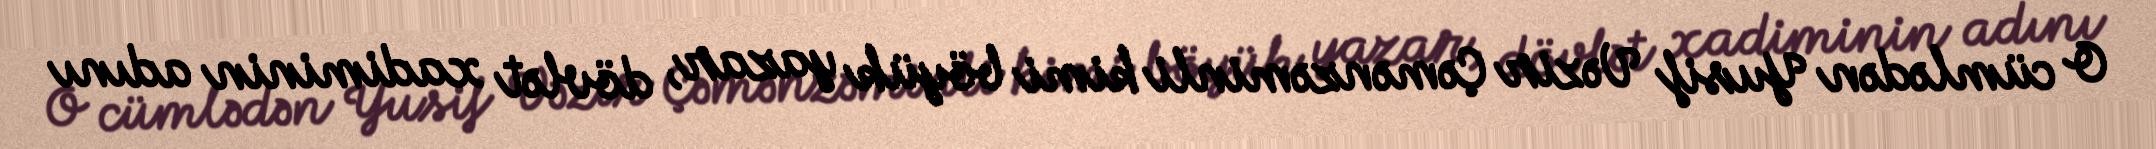
O cümlədən Yusif Vəzir Çəmənzəminli kimi böyük yazar, dövlət xadiminin adını